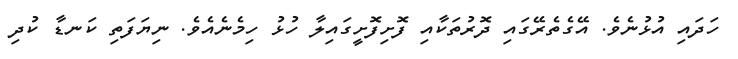
ހަދައި އުޅުނެވެ. އޭގެތެރޭގައި ދޮރުތަކާއި ފޮށިފޮށީގައިލާ ހުޅު ހިމެނެއެވެ. ނިޔަފަތި ކަނޑާ ކުދި